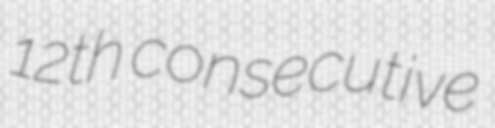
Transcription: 12th consecutive